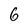
Character: 6